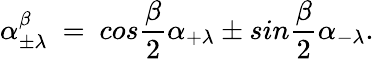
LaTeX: \alpha_{\pm\lambda}^{\beta}~=~cos{\frac{\beta}{2}}\alpha_{+\lambda}\pm sin{\frac{\beta}{2}}\alpha_{-\lambda}.